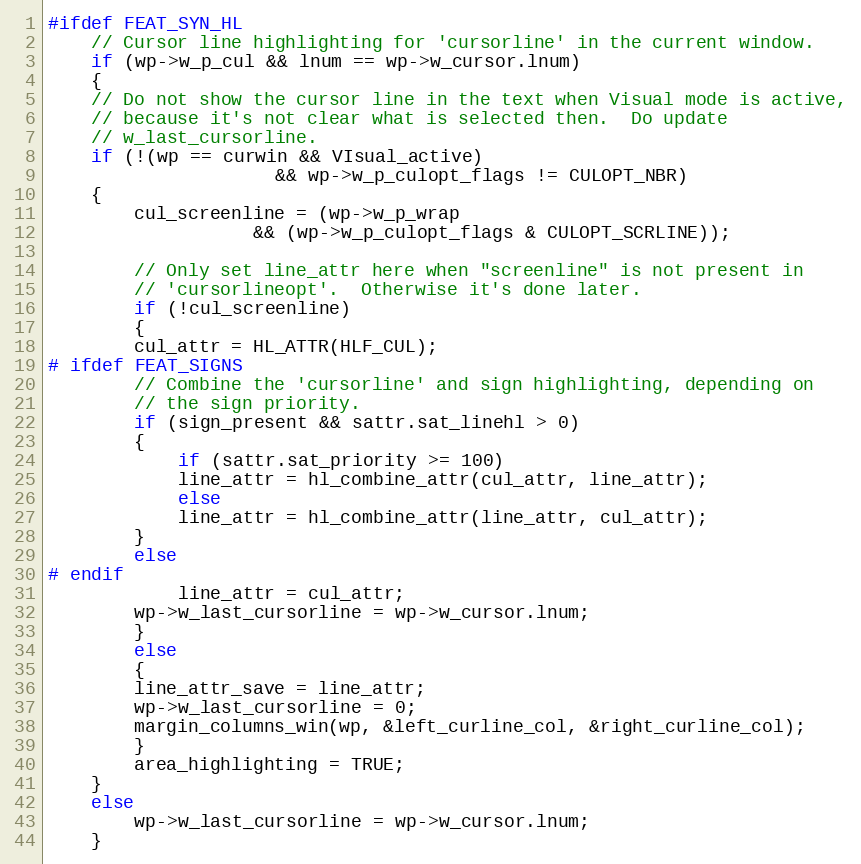
Language: C
#ifdef FEAT_SYN_HL
    // Cursor line highlighting for 'cursorline' in the current window.
    if (wp->w_p_cul && lnum == wp->w_cursor.lnum)
    {
	// Do not show the cursor line in the text when Visual mode is active,
	// because it's not clear what is selected then.  Do update
	// w_last_cursorline.
	if (!(wp == curwin && VIsual_active)
					 && wp->w_p_culopt_flags != CULOPT_NBR)
	{
	    cul_screenline = (wp->w_p_wrap
				   && (wp->w_p_culopt_flags & CULOPT_SCRLINE));

	    // Only set line_attr here when "screenline" is not present in
	    // 'cursorlineopt'.  Otherwise it's done later.
	    if (!cul_screenline)
	    {
		cul_attr = HL_ATTR(HLF_CUL);
# ifdef FEAT_SIGNS
		// Combine the 'cursorline' and sign highlighting, depending on
		// the sign priority.
		if (sign_present && sattr.sat_linehl > 0)
		{
		    if (sattr.sat_priority >= 100)
			line_attr = hl_combine_attr(cul_attr, line_attr);
		    else
			line_attr = hl_combine_attr(line_attr, cul_attr);
		}
		else
# endif
		    line_attr = cul_attr;
		wp->w_last_cursorline = wp->w_cursor.lnum;
	    }
	    else
	    {
		line_attr_save = line_attr;
		wp->w_last_cursorline = 0;
		margin_columns_win(wp, &left_curline_col, &right_curline_col);
	    }
	    area_highlighting = TRUE;
	}
	else
	    wp->w_last_cursorline = wp->w_cursor.lnum;
    }